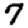
Digit: 7